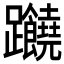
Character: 𲄖